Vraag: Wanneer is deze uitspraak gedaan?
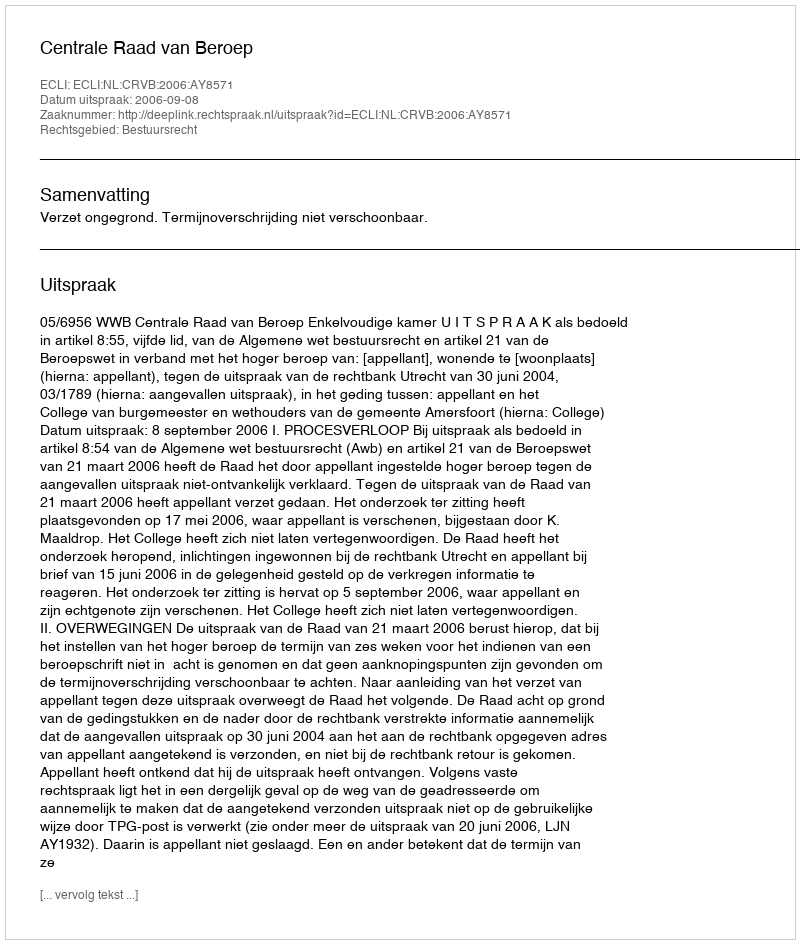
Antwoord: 2006-09-08